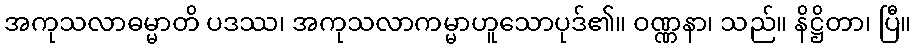
အကုသလာဓမ္မာတိ ပဒဿ၊ အကုသလာကမ္မာဟူသောပုဒ်၏။ ဝဏ္ဏနာ၊ သည်။ နိဋ္ဌိတာ၊ ပြီ။